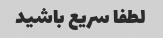
لطفا سریع باشید